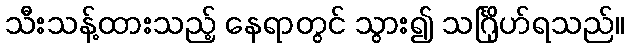
သီးသန့်ထားသည့် နေရာတွင် သွား၍ သင်္ဂြိုဟ်ရသည်။